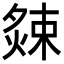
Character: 𭵫